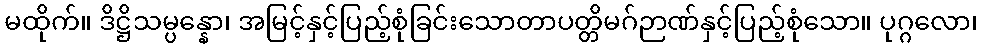
မထိုက်။ ဒိဋ္ဌိသမ္ပန္နော၊ အမြင့်နှင့်ပြည့်စုံခြင်းသောတာပတ္တိမဂ်ဉာဏ်နှင့်ပြည့်စုံသော။ ပုဂ္ဂလော၊